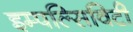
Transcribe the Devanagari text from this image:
इम्पल्सिविटी